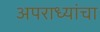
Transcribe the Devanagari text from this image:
अपराध्यांचा